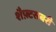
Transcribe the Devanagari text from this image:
शैफ़्टसबरी